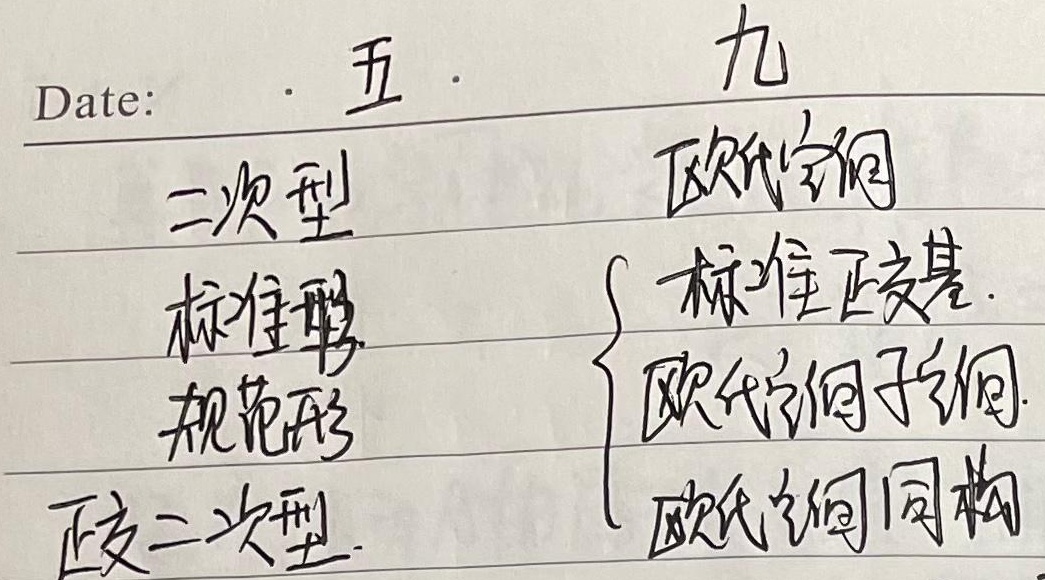
Date: 五 · 九
二次型标准形、规范形、正定二次型
欧氏空间标准正交基
欧氏空间子空间
欧氏空间同构